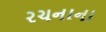
રચનાના